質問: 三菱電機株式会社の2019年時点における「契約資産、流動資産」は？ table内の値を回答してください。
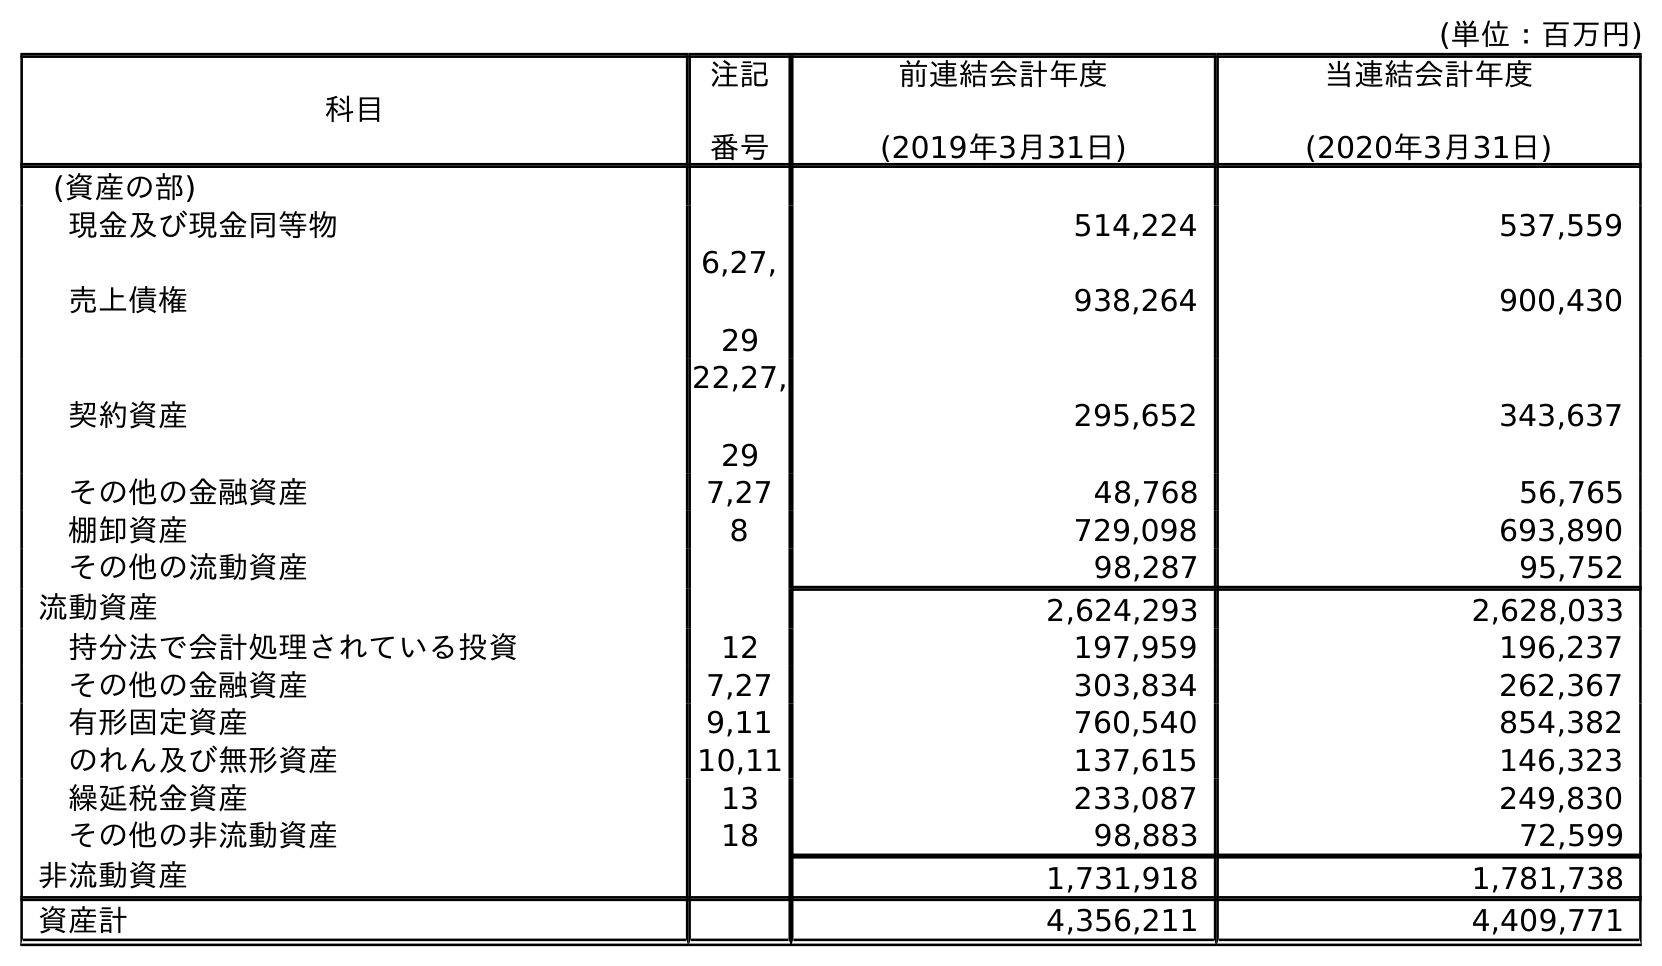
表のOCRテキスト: (単位：百万円) 科目 注記 番号 前連結会計年度 (2019年3月31日) 当連結会計年度 (2020年3月31日) (資産の部) 現金及び現金同等物 514,224 537,559 売上債権 6,27, 29 938,264 900,430 契約資産 22,27, 29 295,652 343,637 その他の金融資産 7,27 48,768 56,765 棚卸資産 8 729,098 693,890 その他の流動資産 98,287 95,752 流動資産 2,624,293 2,628,033 持分法で会計処理されている投資 12 197,959 196,237 その他の金融資産 7,27 303,834 262,367 有形固定資産 9,11 760,540 854,382 のれん及び無形資産 10,11 137,615 146,323 繰延税金資産 13 233,087 249,830 その他の非流動資産 18 98,883 72,599 非流動資産 1,731,918 1,781,738 資産計 4,356,211 4,409,771
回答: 295,652